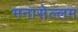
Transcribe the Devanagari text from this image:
मनासेल्लम